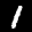
Label: 1